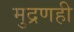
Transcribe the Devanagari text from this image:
मुद्रणही